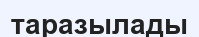
таразылады